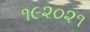
૧૯૨૦૨૧